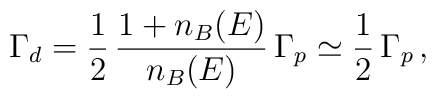
\Gamma_d = \frac{1}{2} \, \frac{1 + n_B (E)}{n_B (E)} \, \Gamma_p \simeq \frac{1}{2} \, \Gamma_p \, ,